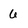
Character: 6